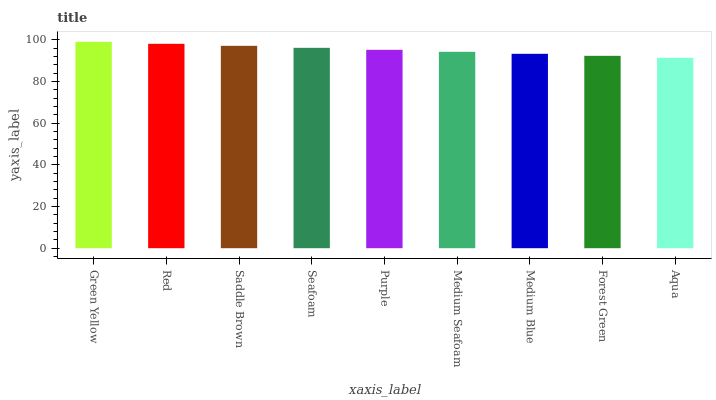
| xaxis_label | bars |
 | --- | --- |
 | Green Yellow | 99 |
 | Red | 98 |
 | Saddle Brown | 97.1 |
 | Seafoam | 96.1 |
 | Purple | 95.2 |
 | Medium Seafoam | 94.2 |
 | Medium Blue | 93.2 |
 | Forest Green | 92.3 |
 | Aqua | 91.3 |